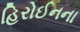
હિરોઈનના